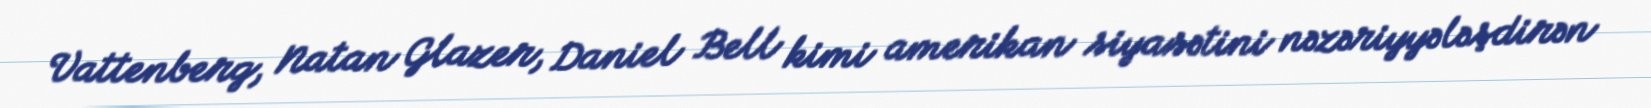
Vattenberg, Natan Glazer, Daniel Bell kimi amerikan siyasətini nəzəriyyələşdirən